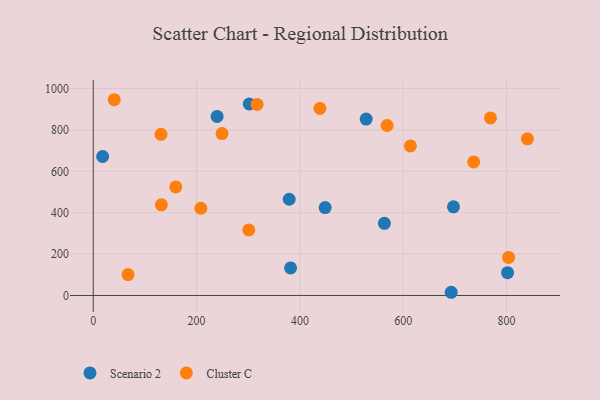
{"axis": {"x": "Engine Size", "y": "Salary"}, "legend": ["Cluster C", "Scenario 2"], "data": [{"x": "382.0", "y": 133.3, "type": "Scenario 2"}, {"x": "302.0", "y": 925.5, "type": "Scenario 2"}, {"x": "379.3", "y": 465.2, "type": "Scenario 2"}, {"x": "18.1", "y": 671.8, "type": "Scenario 2"}, {"x": "697.3", "y": 428.5, "type": "Scenario 2"}, {"x": "528.3", "y": 852.8, "type": "Scenario 2"}, {"x": "802.0", "y": 110.3, "type": "Scenario 2"}, {"x": "448.9", "y": 424.7, "type": "Scenario 2"}, {"x": "239.7", "y": 865.2, "type": "Scenario 2"}, {"x": "692.9", "y": 15.5, "type": "Scenario 2"}, {"x": "563.6", "y": 348.8, "type": "Scenario 2"}, {"x": "208.2", "y": 421.6, "type": "Cluster C"}, {"x": "159.8", "y": 524.9, "type": "Cluster C"}, {"x": "438.7", "y": 904.1, "type": "Cluster C"}, {"x": "249.2", "y": 782.7, "type": "Cluster C"}, {"x": "67.4", "y": 101.2, "type": "Cluster C"}, {"x": "40.5", "y": 946.1, "type": "Cluster C"}, {"x": "614.0", "y": 722.6, "type": "Cluster C"}, {"x": "131.1", "y": 778.7, "type": "Cluster C"}, {"x": "131.8", "y": 438.0, "type": "Cluster C"}, {"x": "840.4", "y": 757.0, "type": "Cluster C"}, {"x": "317.1", "y": 923.4, "type": "Cluster C"}, {"x": "736.5", "y": 645.4, "type": "Cluster C"}, {"x": "568.8", "y": 821.6, "type": "Cluster C"}, {"x": "301.1", "y": 316.6, "type": "Cluster C"}, {"x": "804.0", "y": 183.8, "type": "Cluster C"}, {"x": "768.9", "y": 858.0, "type": "Cluster C"}]}